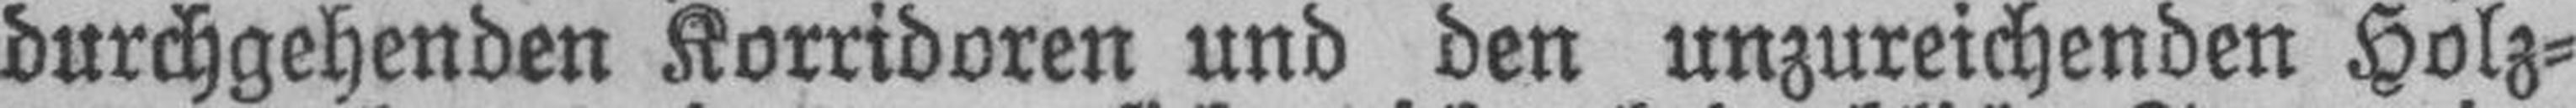
durchgehenden Korridoren und den unzureichenden Holz¬